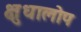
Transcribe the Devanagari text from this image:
क्षुधालोप